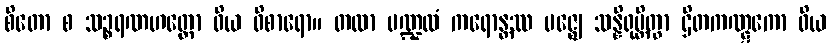
စိတော စ သဉ္စရဏဟတ္ထော ဝိယ ဝိစာရော။ တထာ မဏ္ဍလံ ကရောန္တဿ မဇ္ဈေ သန္နိရုမ္ဘိတွာ ဌိတကဏ္ဋကော ဝိယ